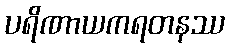
ပရိဏာယကရတနဿ